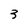
Character: 3